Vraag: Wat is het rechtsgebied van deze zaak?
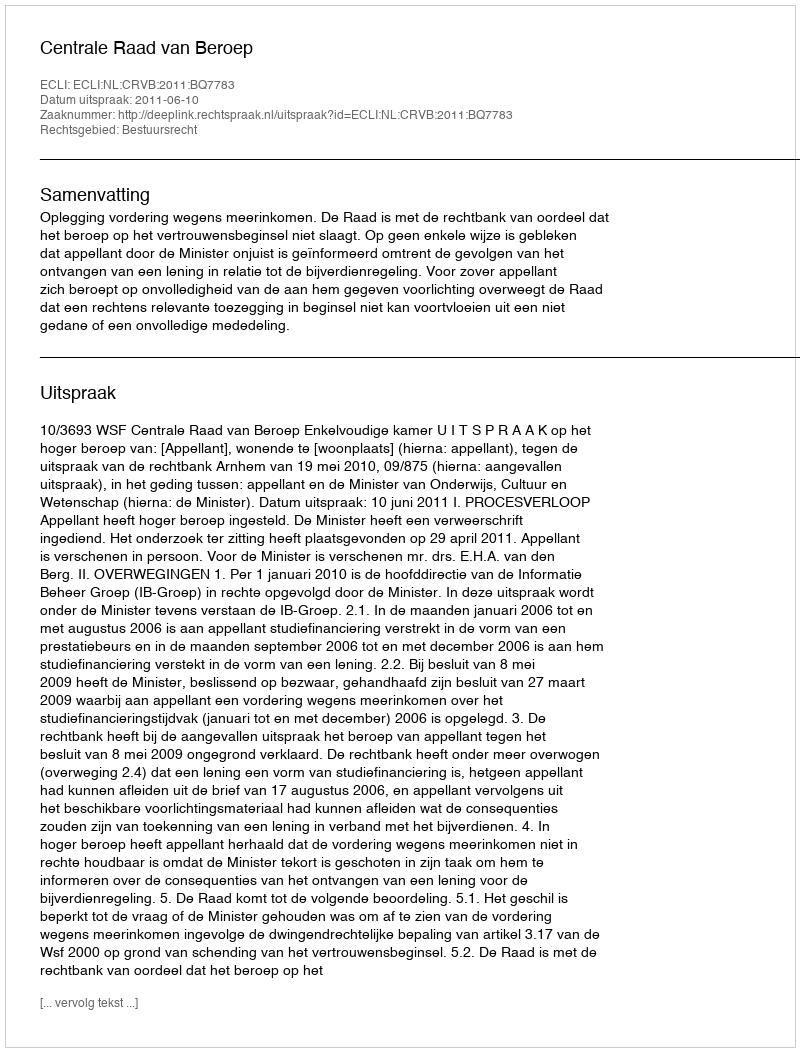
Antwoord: Bestuursrecht